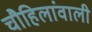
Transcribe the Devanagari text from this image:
चौहिलांवाली